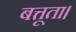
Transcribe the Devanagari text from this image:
बत्तूता।